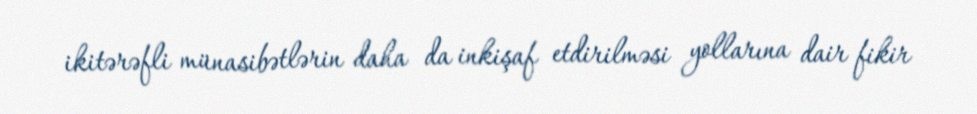
ikitərəfli münasibətlərin daha da inkişaf etdirilməsi yollarına dair fikir